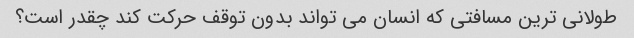
طولانی ترین مسافتی که انسان می تواند بدون توقف حرکت کند چقدر است؟